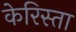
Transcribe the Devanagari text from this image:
केरिस्ता